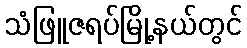
သံဖြူဇရပ်မြို့နယ်တွင်